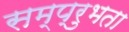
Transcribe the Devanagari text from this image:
सम्प्रुभता